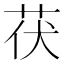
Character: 茯